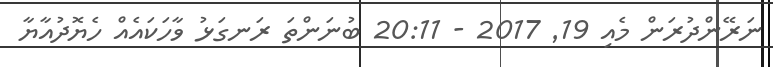
ނަރޭންދުރަން މެއި 19